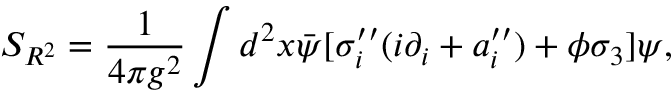
S _ { R ^ { 2 } } = \frac { 1 } { 4 \pi g ^ { 2 } } \int d ^ { 2 } x \bar { \psi } [ \sigma _ { i } ^ { \prime \prime } ( i \partial _ { i } + a _ { i } ^ { \prime \prime } ) + \phi \sigma _ { 3 } ] \psi ,